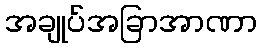
အချုပ်အခြာအာဏာ